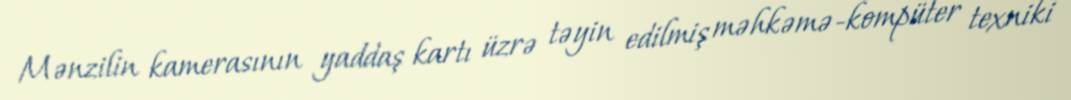
Mənzilin kamerasının yaddaş kartı üzrə təyin edilmiş məhkəmə-kompüter texniki